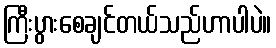
ကြီးပွားစေချင်တယ်သည်ဟာပါပဲ။